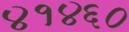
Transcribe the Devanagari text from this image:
४१४६०